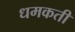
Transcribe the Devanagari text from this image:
धमकती